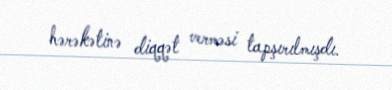
hərəkətinə diqqət verməsi tapşırılmışdı.